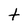
Character: t